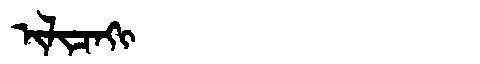
Manchu: ᡳᠯᡳᠴᠠᡴᡳ
Romanization: ILICAKI